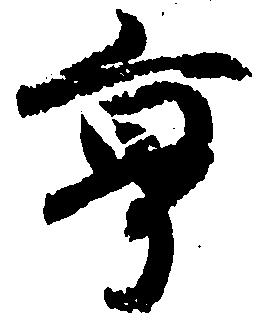
亨